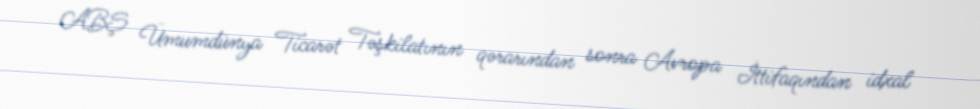
ABŞ Ümumdünya Ticarət Təşkilatının qərarından sonra Avropa İttifaqından idxal